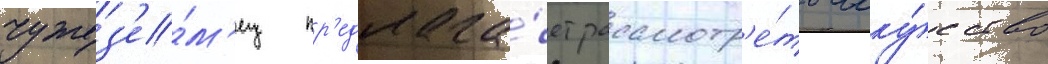
чужез'е́м'ец пр'едлага́ет рассмотр'е́ть иску́сство